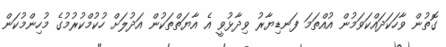
ގޮތުން ވާހަކަދައްކަވަމުން އުއްތަމަ ފަނޑިޔާރު ވިދާޅުވީ އެ އާޔަތްތަކުން އަދުލަށް ހުކުމްކުރުމުގެ މުހިންމުކަން